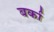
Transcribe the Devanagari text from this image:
बर्का